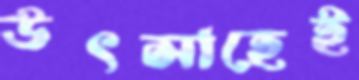
উৎসাহেই